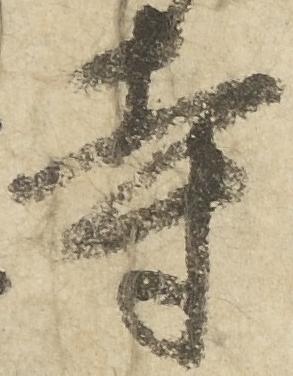
寺